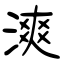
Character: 漺